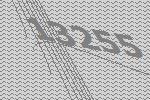
13255